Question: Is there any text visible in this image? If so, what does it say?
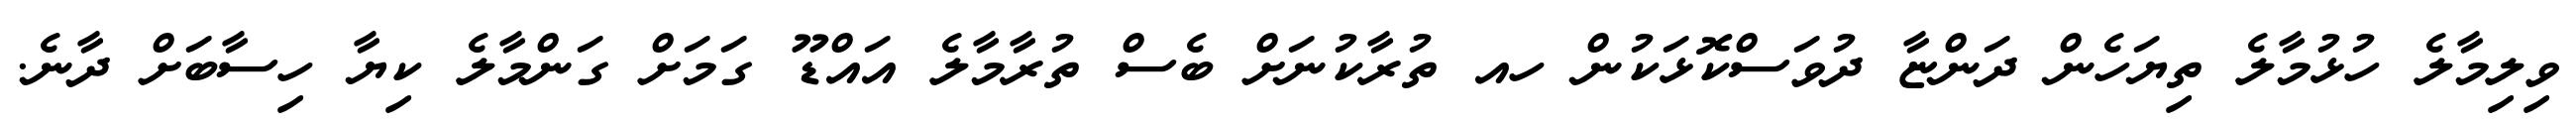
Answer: ވިލިމާލެ ހުޅުމާލެ ތިޔަހެން ދަންޏާ ދުވަސްކޮޅަކުން ހއ ތުރާކުނަށް ބެސް ތުރާމާލެ އައްޑޫ ގަމަށް ގަންމާލެ ކިޔާ ހިސާބަށް ދާނެ.